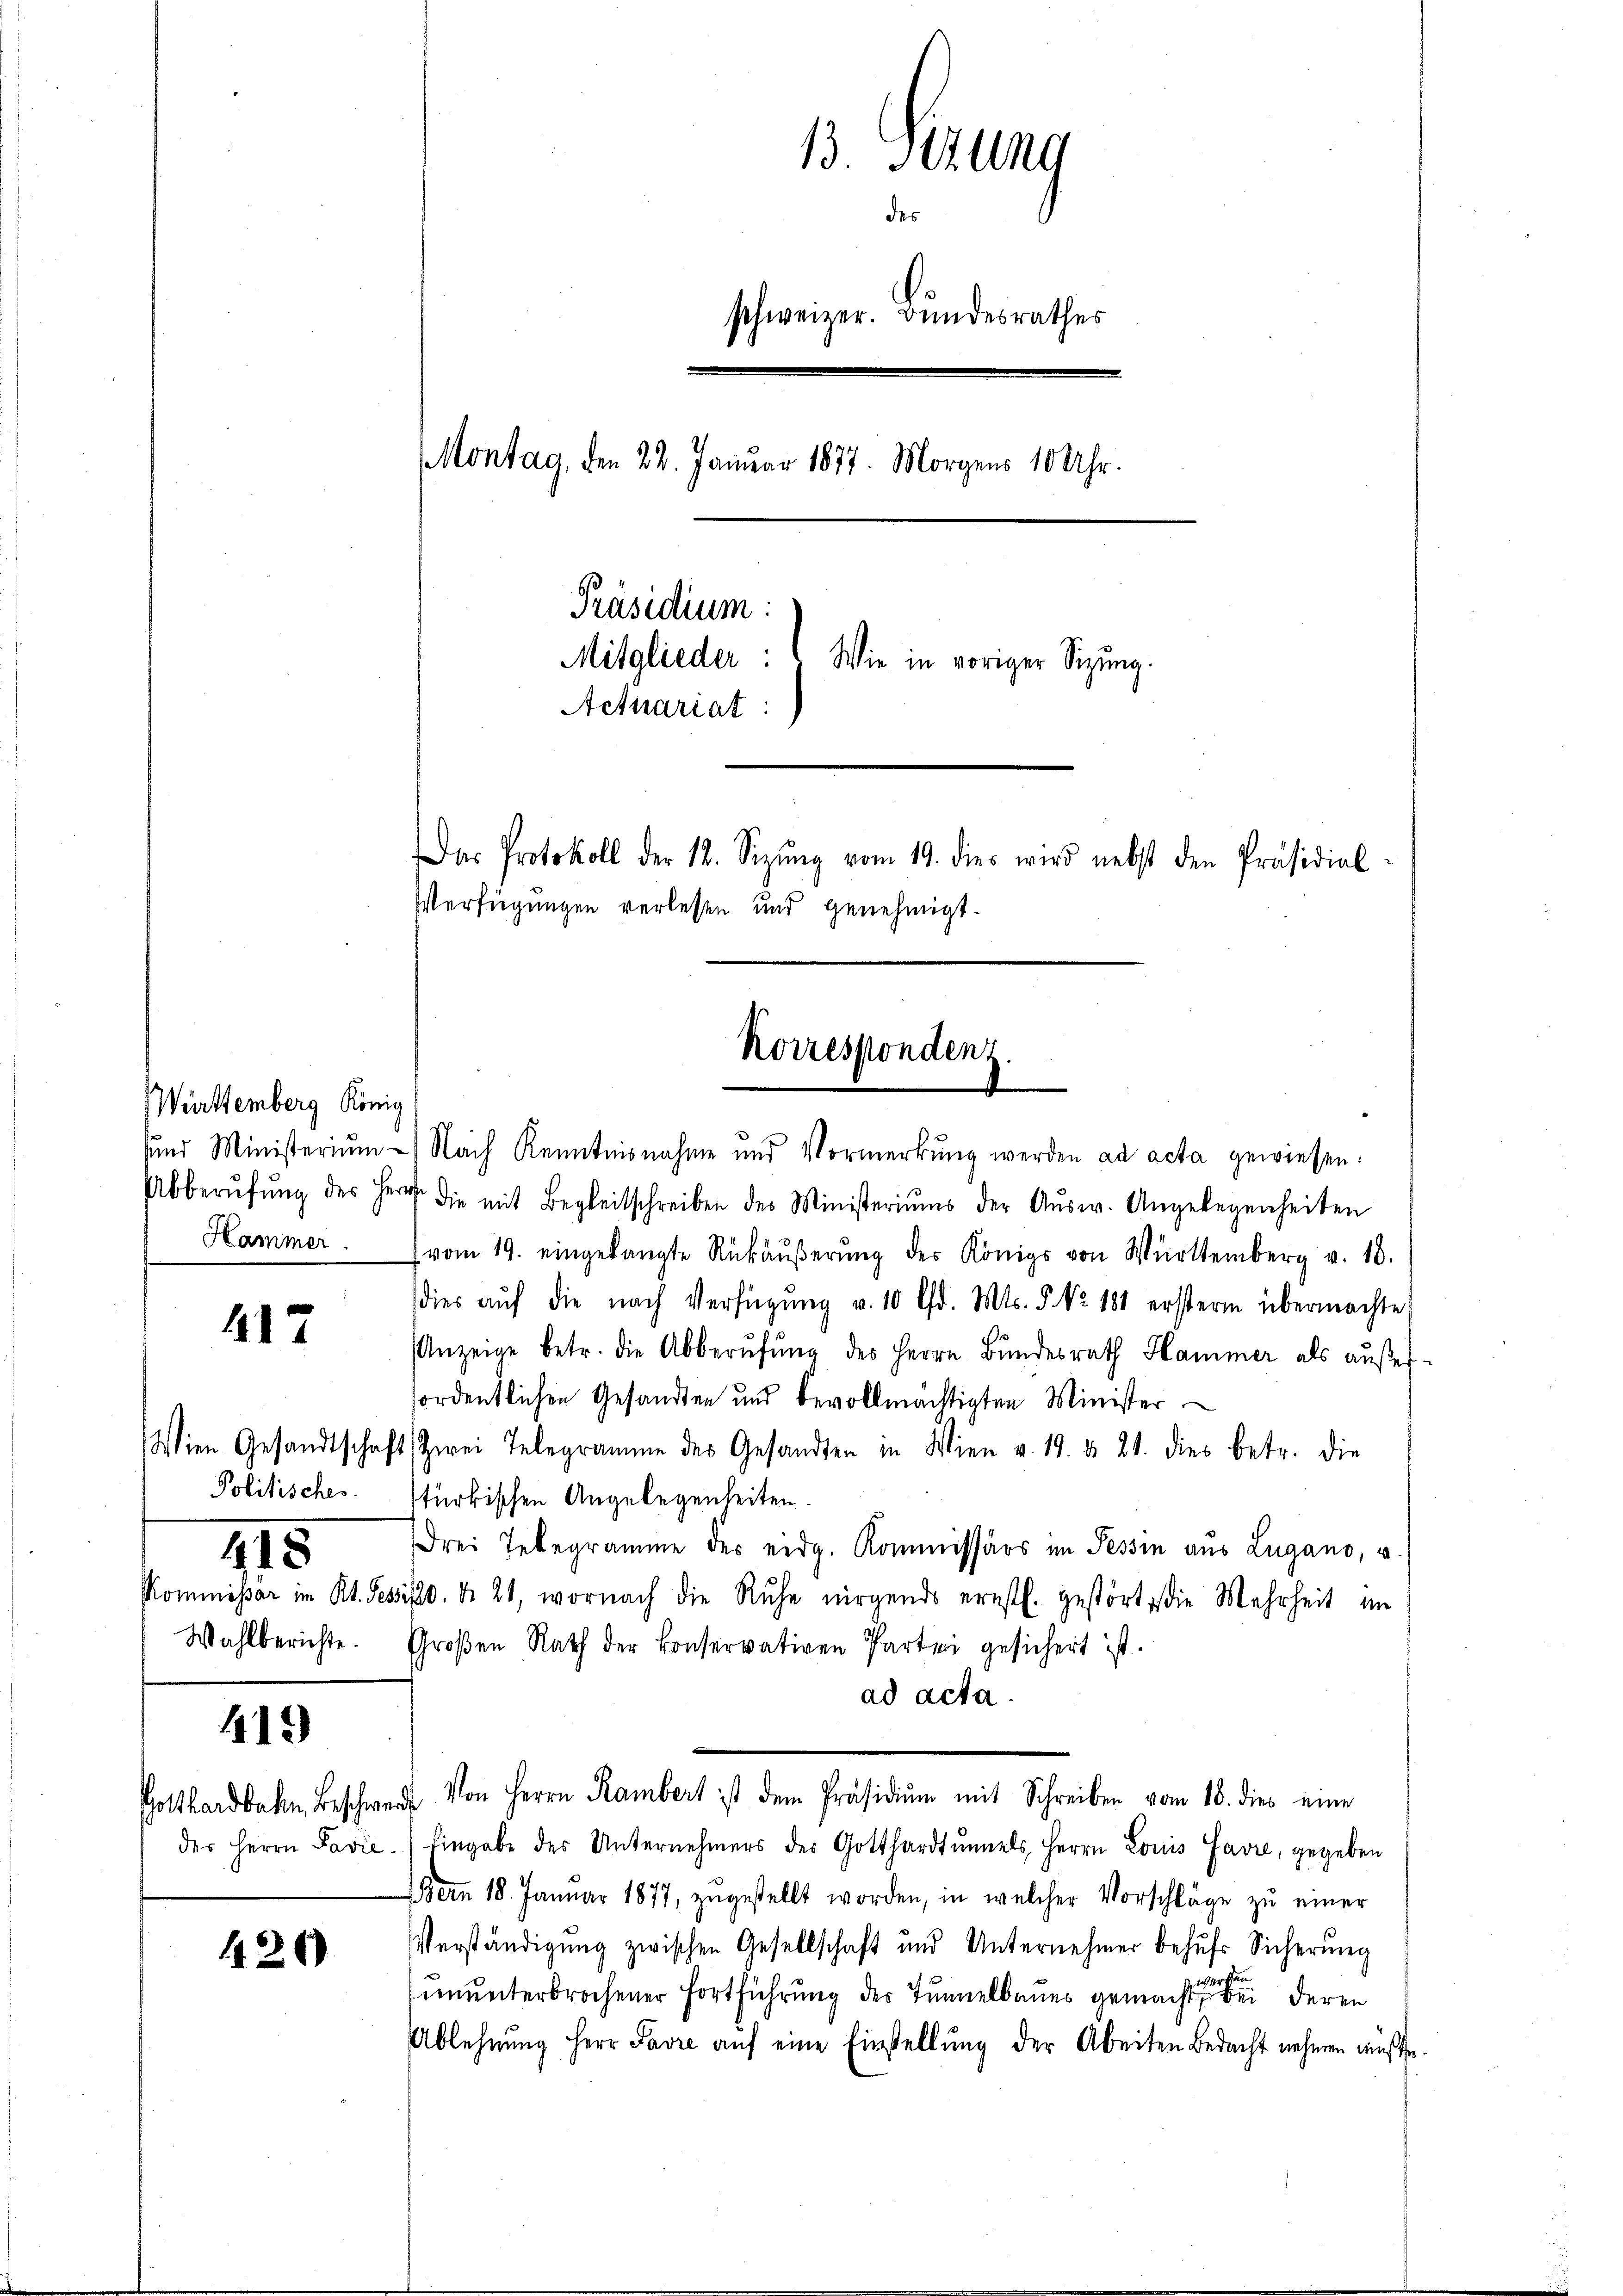
Württemberg König

417

115

419)

420)

uund Ministerium - Nach Kenntnisnahme und Vormerkŭng werden ad acta gewiesen:
Abberŭfŭng des Herr die mit Begleitschreiben des Ministeriums der Aŭsw. Angelegenheiten
Hammer. vom 19. eingelangte Rückäŭβerŭng des Königs von Württemberg v. 10.
dies aŭf die nach Verfügŭng v. 10 Pfd. Mts. S. Nr. 181 erstern übermachte
Anzeige betr. die Abberufung des Herrn Bundesrath Hammer als außerfordentlichen Gesandten und bevollmächtigten Minister
Wien Gesandtschaft zwei Telegramme des Gesandten in Wien v. 19. d. 21. dies betr. die
Politisches stürkischen Angelegenheiten.
Drei Telegramme der eidg. Kommissärs im Tessin aus Lugano, u
Kommissar im Kt. Tessio. No. 21, wornach die Ruhe nirgends ernstl. gestört, die Mehrheit im
Wahlberichte. Großen Rath der Conservativen Partei gesichert ist.
ad acta.
Gotthardbahn Beschwer von Herrn Rambert ist dem Präsidiŭm mit Schreiben vom 18. dies eine
der Herrn Pavie.) Eingabe des Unternehmens des Gotthardtŭnels, Herrn Louis Favre, gegeben
ern 18. Januar 1877, zŭgestellt worden, in welcher Vorschläge zŭ einer
Verständigung zwischen Gesellschaft und Unternehmer behufs Sicherung
ununterbrochener Fortführung des Tunnelbaues gemachte eine bei deren
Ablehnung Herr Pavre auf eine Einstellung der Abeiten Bedacht nehmen müßte.

13. Jung
des
schweizer. Bundesrathes
Montag, den 22. Januar 1877. Morgens 10 Uhr.
Präsidium.
Mitglieder:
Wie in voriger Sitzung.
Actuariat:

Verfügungen verlesen und genehmigt.

Das Protokoll der 12. Sizŭng vom 19. dies wird nebst den Präsidial

Korrespondenz.